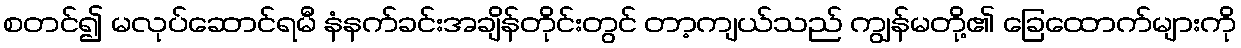
စတင်၍ မလုပ်ဆောင်ရမီ နံနက်ခင်းအချိန်တိုင်းတွင် တာ့ကျယ်သည် ကျွန်မတို့၏ ခြေထောက်များကို